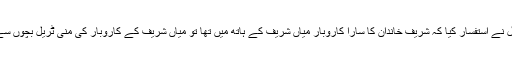
جس پر جسٹس اعجاز افضل نے استفسار کیا کہ شریف خاندان کا سارا کاروبار میاں شریف کے ہاتھ میں تھا تو میاں شریف کے کاروبار کی منی ٹریل بچوں سے کیسے مانگ سکتے ہیں۔